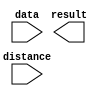
module BarrelShifter_comb (
	data,
	distance,
	result);

	input	[63:0]  data;
	input	[5:0]  distance;
	output	[63:0]  result;

endmodule